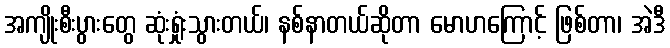
အကျိုးစီးပွားတွေ ဆုံးရှုံးသွားတယ်၊ နစ်နာတယ်ဆိုတာ မောဟကြောင့် ဖြစ်တာ၊ အဲဒီ